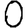
Digit: 0